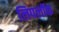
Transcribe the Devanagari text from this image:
लिपलॉक